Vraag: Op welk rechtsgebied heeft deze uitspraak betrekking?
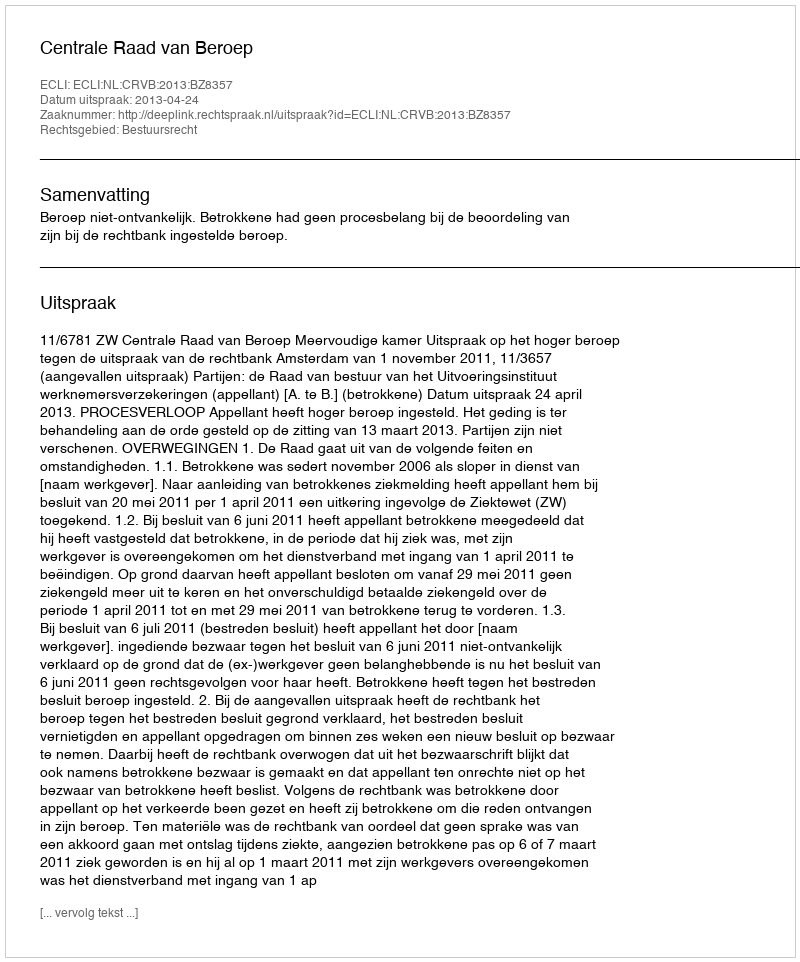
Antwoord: Bestuursrecht